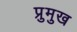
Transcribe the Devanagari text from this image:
प्रुमुख